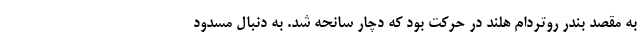
به مقصد بندر روتردام هلند در حرکت بود که دچار سانحه شد. به دنبال مسدود